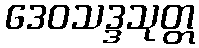
ဒေဝသဒ္ဒသုတ္တ